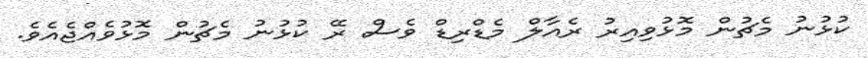
ކުޅުނު މެޗުން މޮޅުވިއިރު ރެއާލް މެޑްރިޑް ވެސް ރޭ ކުޅުނު މެޗުން މޮޅުވެއްޖެއެވެ.